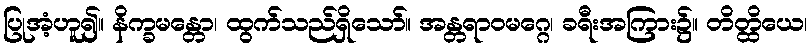
ပြုအံ့ဟူ၍။ နိက္ခမန္တော၊ ထွက်သည်ရှိသော်။ အန္တရာဝမဂ္ဂေ၊ ခရီးအကြား၌။ တိတ္ထိယေ၊